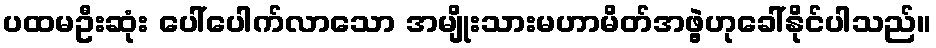
ပထမဦးဆုံး ပေါ်ပေါက်လာသော အမျိုးသားမဟာမိတ်အဖွဲ့ဟုခေါ်နိုင်ပါသည်။